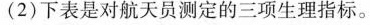
(2)下表是对航天员测定的三项生理指标。